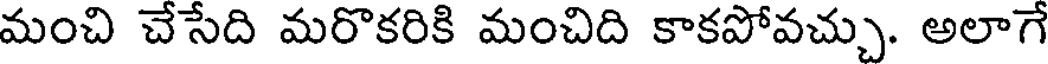
మంచి చేసేది మరొకరికి మంచిది కాకపోవచ్చు. అలాగే